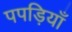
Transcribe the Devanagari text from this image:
पपड़ियाँ